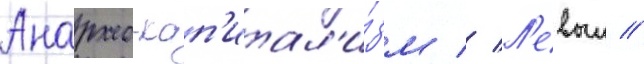
Анархо-кап'итал'и́зм // Л'евыи //